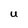
Character: U